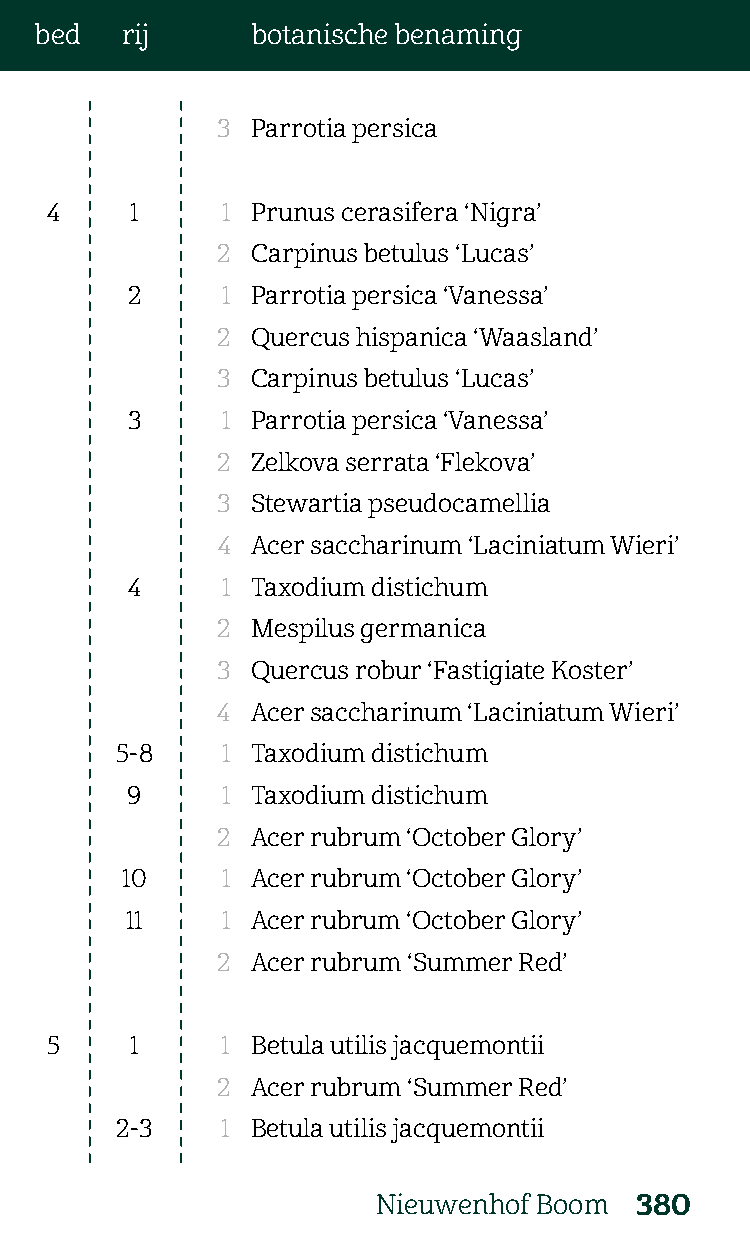
bed   rij      botanische benaming
 3  Parrotia persica
 4     1     1 Prunus cerasifera ‘Nigra’
 2  Carpinus betulus ‘Lucas’
 2      1 Parrotia persica ‘Vanessa’
 2  Quercus hispanica ‘Waasland’
 3  Carpinus betulus ‘Lucas’
 3      1 Parrotia persica ‘Vanessa’
 2  Zelkova serrata ‘Flekova’
 3  Stewartia pseudocamellia
 4  Acer saccharinum ‘Laciniatum Wieri’
 4      1 Taxodium distichum
 2  Mespilus germanica
 3  Quercus robur ‘Fastigiate Koster’
 4  Acer saccharinum ‘Laciniatum Wieri’
 5-8    1 Taxodium distichum
 9      1 Taxodium distichum
 2  Acer rubrum ‘October Glory’
 10     1 Acer rubrum ‘October Glory’
 11     1 Acer rubrum ‘October Glory’
 2  Acer rubrum ‘Summer Red’
 5     1     1 Betula utilis jacquemontii
 2  Acer rubrum ‘Summer Red’
 2-3    1 Betula utilis jacquemontii
 Nieuwenhof Boom  380